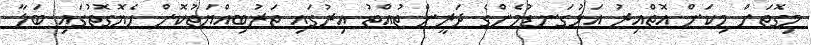
މިގޮތަށް މިކަން އޮތްއިރު އަޅުގަނޑުމެންގެ ދަރީން ތުއްތު އިރުގައި ތަރުބިއްޔަތުކޮށް ހެޔޮގޮތުގައި ބަލާ